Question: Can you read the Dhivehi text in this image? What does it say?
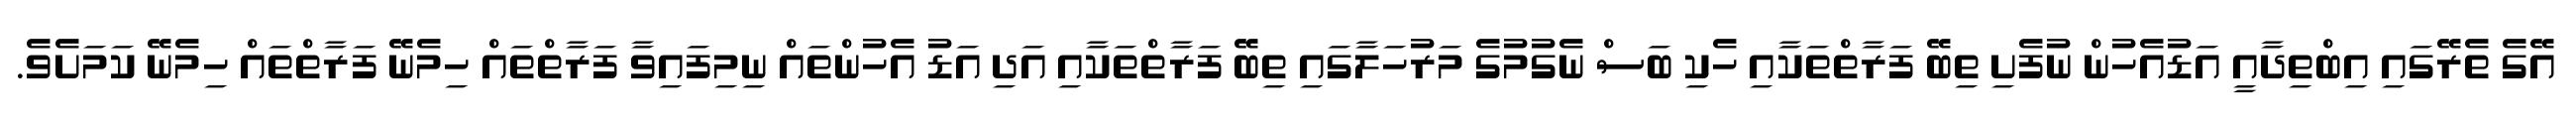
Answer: އޭގެ ތެރޭގައި އިބްތިދާއީ އަޑުއެހުން ނުފެށި ތިބޭ ފަރާތްތަކާއި ހެކި ބަސް ނެގުމުގެ މަރުހަލާގައި ތިބޭ ފަރާތްތަކާއި އަދި އަޑު އެހުންތައް ނިމިފައިވާ ފަރާތްތައް ހިމެނޭ ފަރާތްތައް ހިމެނޭ ކަމަށެވެ.